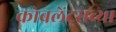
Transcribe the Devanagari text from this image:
कोबलेंट्सच्या